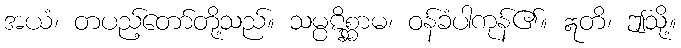
အယံ၊ တပည့်တော်တို့သည်။ သမ္ပဋိစ္ဆာမ၊ ဝန်ခံပါကုန်၏။ ဣတိ၊ ဤသို့။